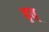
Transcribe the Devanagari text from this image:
वृत्